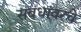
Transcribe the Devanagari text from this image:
संबंधांवरचे